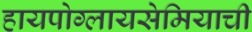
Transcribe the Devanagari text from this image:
हायपोग्लायसेमियाची